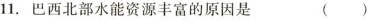
11.巴西北部水能资源丰富的原因是 ( )